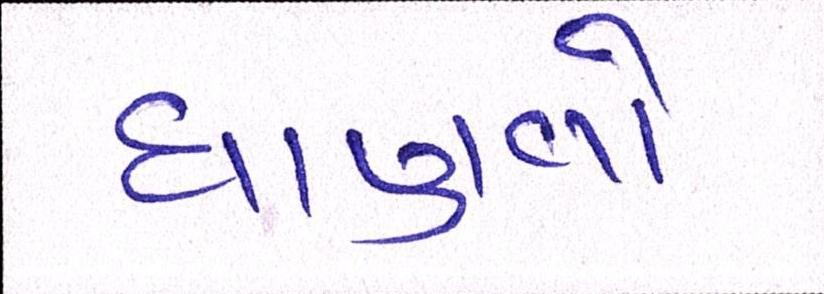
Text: ઘાણવો